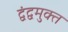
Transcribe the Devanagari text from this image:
द्वंद्वमुक्त